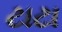
ટાટા